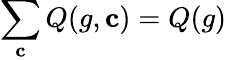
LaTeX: \sum_{\mathbf{c}}Q(g,\mathbf{c})=Q(g)